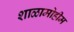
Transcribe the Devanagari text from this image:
शाळामोहीम